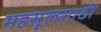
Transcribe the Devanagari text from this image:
महसूलसाठी